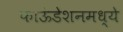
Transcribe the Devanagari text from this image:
फाऊंडेशनमध्ये